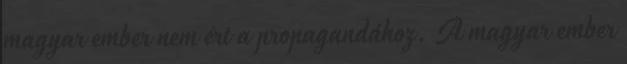
magyar ember nem ért a propagandához. A magyar ember